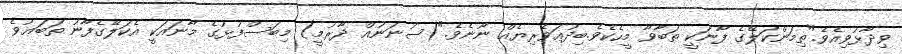
ވިދާޅުވިއެވެ."ތިމަންކަލޭގެ ފާނަކީ ތަބާވާ މީހެކެވެ.ބިދުޢަވެރިޔެއް ނޫނެވެ."(ސުނަނުއް ދާރުމީ) މިބަސްފުޅުގެ މާނައަކީ އެކަލޭގެފާނު ތަބަޢުވެ